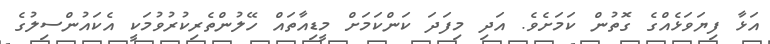
އަޅާ ފިޔަވަޅެއްގެ ގޮތުން ކަމަށެވެ. އަދި މިފަދަ ކަންކަމަށް މީޑިއާތައް ހޭލުންތެރިކުރުވުމަކީ އެކައުންސިލުގެ